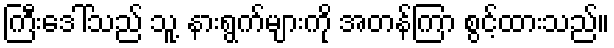
ကြီးဒေါ်သည် သူ့ နားရွက်များကို အတန်ကြာ စွင့်ထားသည်။